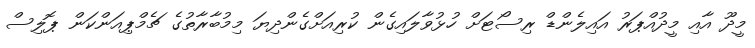
މީދޫ އާއި މީދުއްޕަރު އައިލެންޑް ރިސޯޓަށް ހުޅުވާލައިގެން ކުރިއަށްގެންދިޔަ މިމުބާރާތުގެ ޗެމްޕިއަންކަން ޕޮލިސް